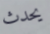
يحدث